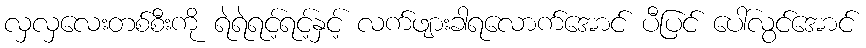
လှလှလေးတစ်စီးကို ရဲရဲရင့်ရင့်နှင့် လက်ဖျားခါရလောက်အောင် ပီပြင် ပေါ်လွင်အောင်